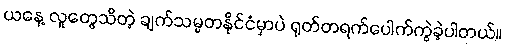
ယနေ့ လူတွေသိတဲ့ ချက်သမ္မတနိုင်ငံမှာပဲ ရုတ်တရက်ပေါက်ကွဲခဲ့ပါတယ်။